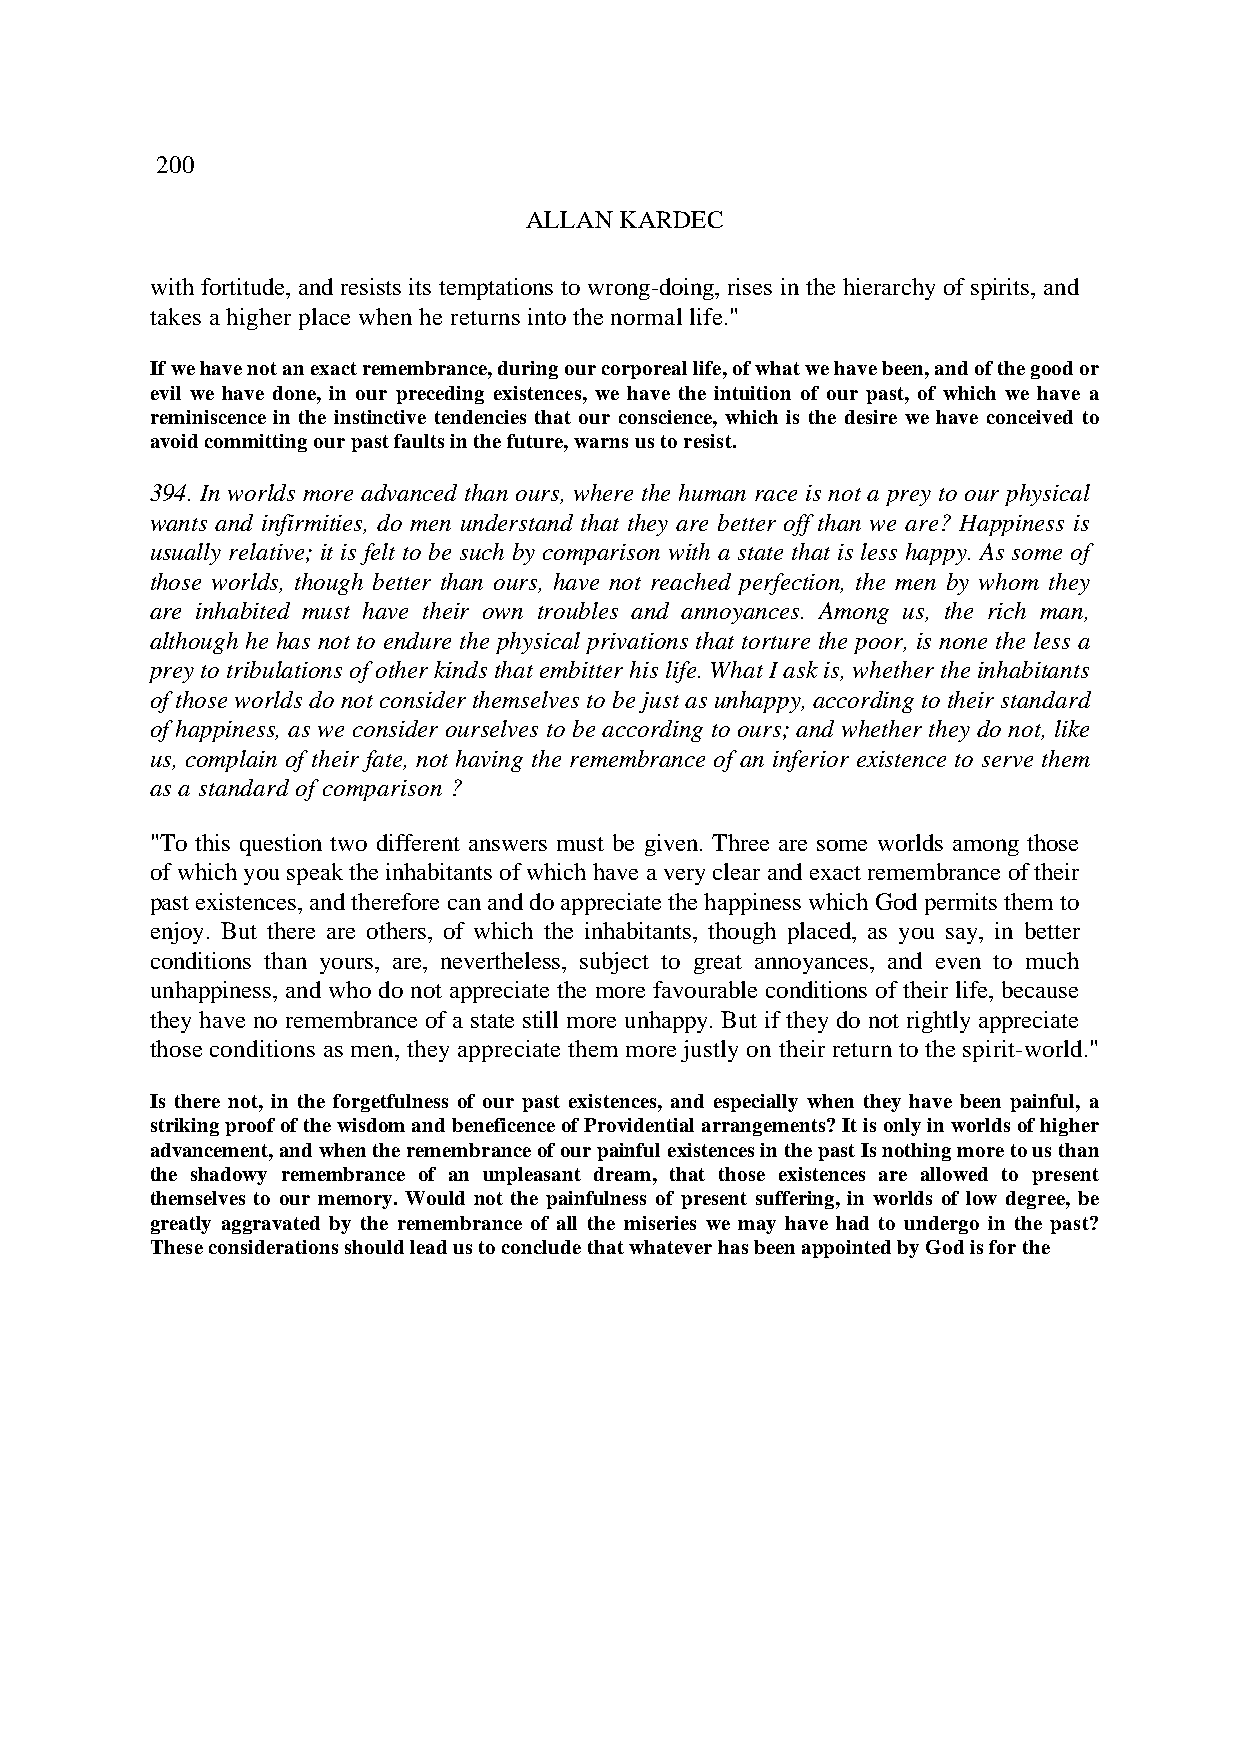
200
 ALLAN KARDEC
 with fortitude, and resists its temptations to wrong-doing, rises in the hierarchy of spirits, and
 takes a higher place when he returns into the normal life."
 If we have not an exact remembrance, during our corporeal life, of what we have been, and of the good or
 evil we have done, in our preceding existences, we have the intuition of our past, of which we have a
 reminiscence in the instinctive tendencies that our conscience, which is the desire we have conceived to
 avoid committing our past faults in the future, warns us to resist.
 394. In worlds more advanced than ours, where the human race is not a prey to our physical
 wants and infirmities, do men understand that they are better off than we are? Happiness is
 usually relative; it is felt to be such by comparison with a state that is less happy. As some of
 those worlds, though better than ours, have not reached perfection, the men by whom they
 are inhabited must have their own troubles and annoyances. Among us, the rich man,
 although he has not to endure the physical privations that torture the poor, is none the less a
 prey to tribulations of other kinds that embitter his life. What I ask is, whether the inhabitants
 of those worlds do not consider themselves to be just as unhappy, according to their standard
 of happiness, as we consider ourselves to be according to ours; and whether they do not, like
 us, complain of their fate, not having the remembrance of an inferior existence to serve them
 as a standard of comparison ?
 "To this question two different answers must be given. Three are some worlds among those
 of which you speak the inhabitants of which have a very clear and exact remembrance of their
 past existences, and therefore can and do appreciate the happiness which God permits them to
 enjoy. But there are others, of which the inhabitants, though placed, as you say, in better
 conditions than yours, are, nevertheless, subject to great annoyances, and even to much
 unhappiness, and who do not appreciate the more favourable conditions of their life, because
 they have no remembrance of a state still more unhappy. But if they do not rightly appreciate
 those conditions as men, they appreciate them more justly on their return to the spirit-world."
 Is there not, in the forgetfulness of our past existences, and especially when they have been painful, a
 striking proof of the wisdom and beneficence of Providential arrangements? It is only in worlds of higher
 advancement, and when the remembrance of our painful existences in the past Is nothing more to us than
 the shadowy remembrance of an unpleasant dream, that those existences are allowed to present
 themselves to our memory. Would not the painfulness of present suffering, in worlds of low degree, be
 greatly aggravated by the remembrance of all the miseries we may have had to undergo in the past?
 These considerations should lead us to conclude that whatever has been appointed by God is for the